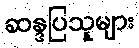
ဆန္ဒပြသူများ